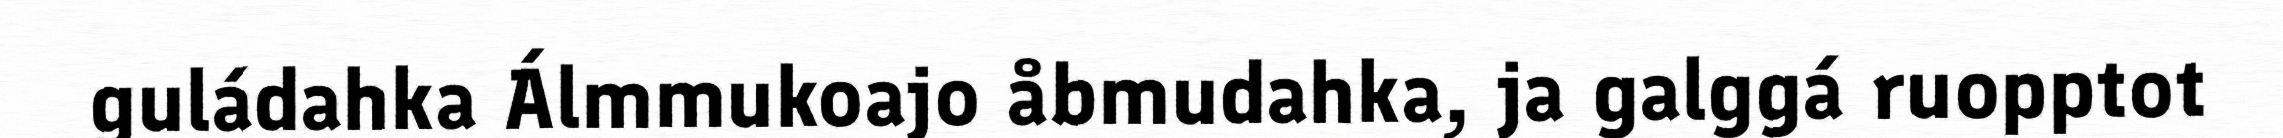
guládahka Álmmukoajo åbmudahka, ja galggá ruopptot